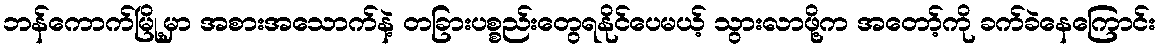
ဘန်ကောက်မြို့မှာ အစားအသောက်နဲ့ တခြားပစ္စည်းတွေရနိုင်ပေမယ့် သွားလာဖို့က အတော့်ကို ခက်ခဲနေကြောင်း